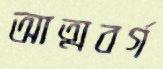
আত্মবর্গ